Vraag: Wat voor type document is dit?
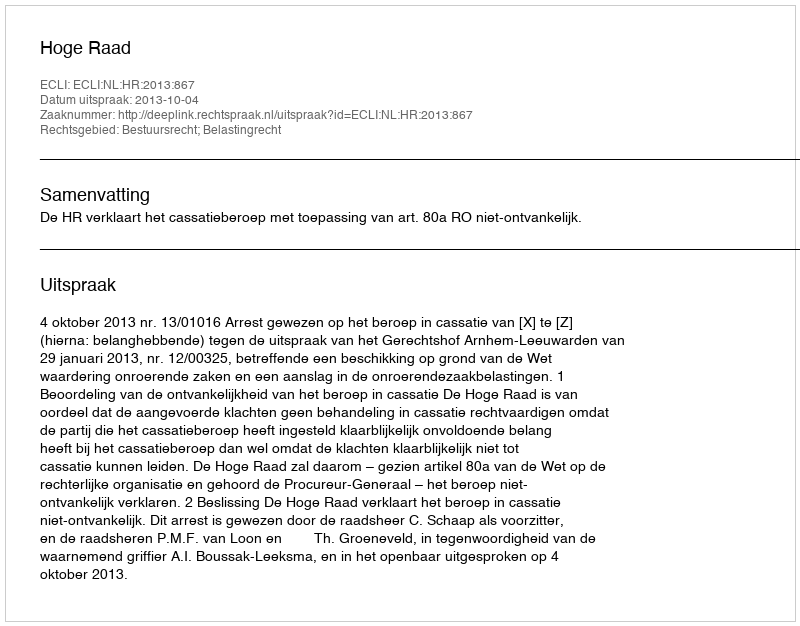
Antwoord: Uitspraak